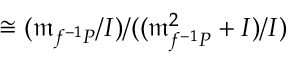
\cong ( { \mathfrak { m } } _ { f ^ { - 1 } P } / I ) / ( ( { \mathfrak { m } } _ { f ^ { - 1 } P } ^ { 2 } + I ) / I )